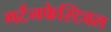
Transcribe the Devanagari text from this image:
गर्टनफेस्टिवल